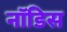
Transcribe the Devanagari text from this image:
नॉडिस